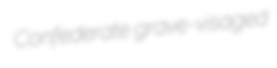
Confederate grave-visaged